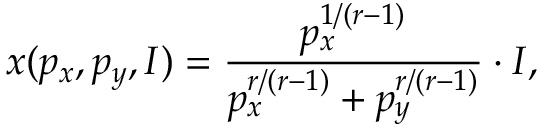
x ( p _ { x } , p _ { y } , I ) = { \frac { p _ { x } ^ { 1 / ( r - 1 ) } } { p _ { x } ^ { r / ( r - 1 ) } + p _ { y } ^ { r / ( r - 1 ) } } } \cdot I ,